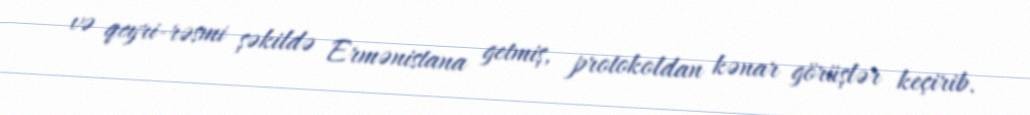
və qeyri-rəsmi şəkildə Ermənistana getmiş, protokoldan kənar görüşlər keçirib.